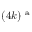
( 4 k ) ^ { \mathrm { ~ a ~ } }